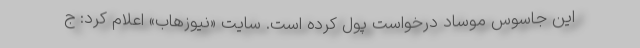
این جاسوس موساد درخواست پول کرده است. سایت «نیوزهاب» اعلام کرد: ج